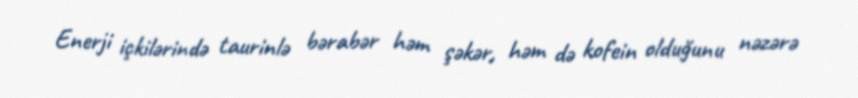
Enerji içkilərində taurinlə bərabər həm şəkər, həm də kofein olduğunu nəzərə